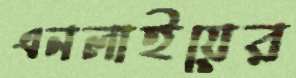
এনলাইয়ের